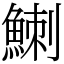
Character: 䱨